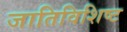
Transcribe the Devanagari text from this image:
जातिविशिष्ट